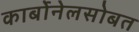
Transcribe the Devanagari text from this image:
कार्बोनेलसोबत